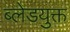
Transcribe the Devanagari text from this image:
ब्लेडयुक्त